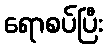
ရောစပ်ပြီး